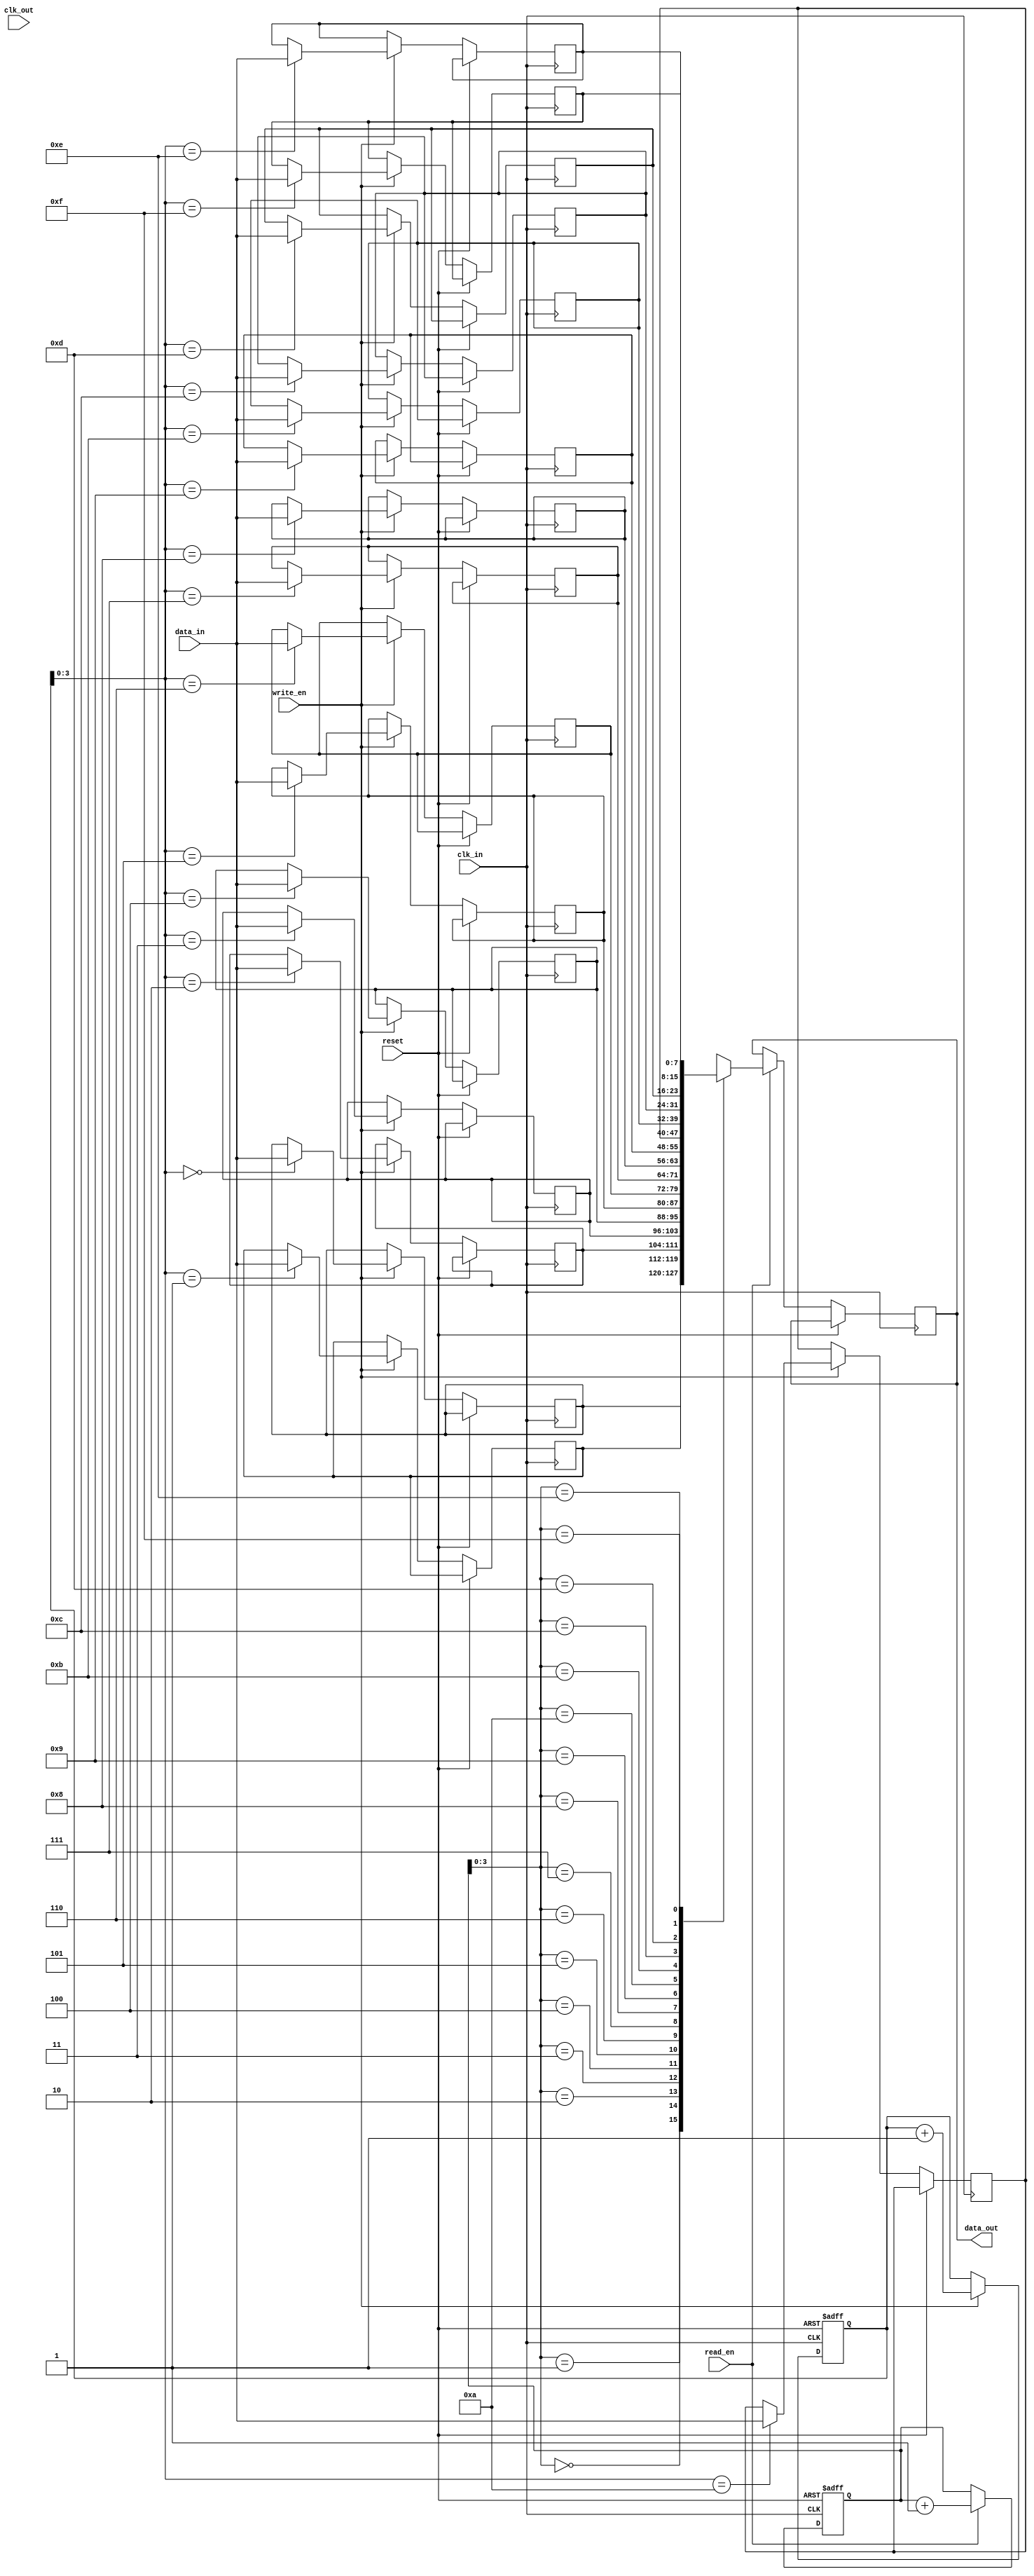
module synchronous_FIFO (
    input wire clk_in,          // input clock signal for the first clock domain
    input wire clk_out,         // input clock signal for the second clock domain
    input wire reset,           // asynchronous reset signal
    input wire write_en,        // write enable signal
    input wire read_en,         // read enable signal
    input wire [7:0] data_in,   // input data signal
    output reg [7:0] data_out   // output data signal
);

reg [7:0] fifo_buffer [0:15];  // FIFO buffer with 16 slots
reg [4:0] write_ptr;           // write pointer for buffer
reg [4:0] read_ptr;            // read pointer for buffer

always @(posedge clk_in or posedge reset) begin
    if (reset) begin
        write_ptr <= 5'b00000;  // reset write pointer
        read_ptr <= 5'b00000;   // reset read pointer
    end else begin
        if (write_en) begin
            fifo_buffer[write_ptr] <= data_in;  // write data into buffer
            write_ptr <= write_ptr + 1;         // increment write pointer
        end
        if (read_en) begin
            data_out <= fifo_buffer[read_ptr];  // read data from buffer
            read_ptr <= read_ptr + 1;           // increment read pointer
        end
    end
end

endmodule